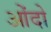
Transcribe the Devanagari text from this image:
ओंदो